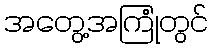
အတွေ့အကြုံတွင်